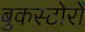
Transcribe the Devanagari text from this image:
बुकस्टोरों